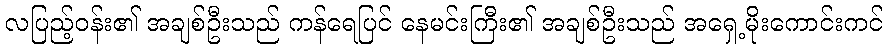
လပြည့်ဝန်း၏ အချစ်ဦးသည် ကန်ရေပြင် နေမင်းကြီး၏ အချစ်ဦးသည် အရှေ့မိုးကောင်းကင်